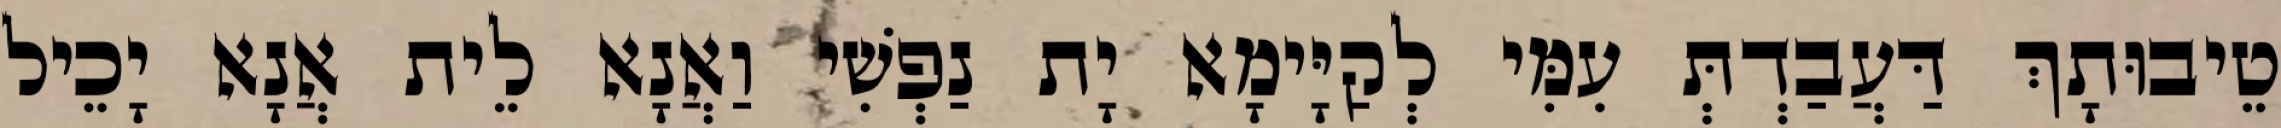
טֵיבוּתָךְ דַּעֲבַדְתְּ עִמִּי לְקַיָּימָא יָת נַפְשִׁי וַאֲנָא לֵית אֲנָא יָכֵיל